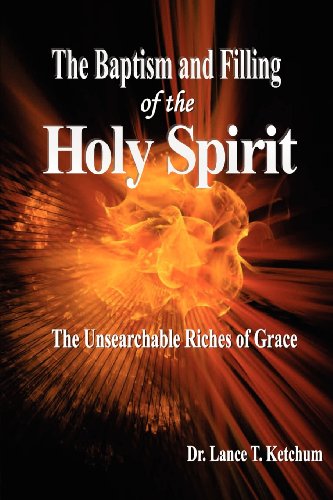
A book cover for The Baptism and Filling of the Holy Spirit; Lance T Ketchum; Christian Books & Bibles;